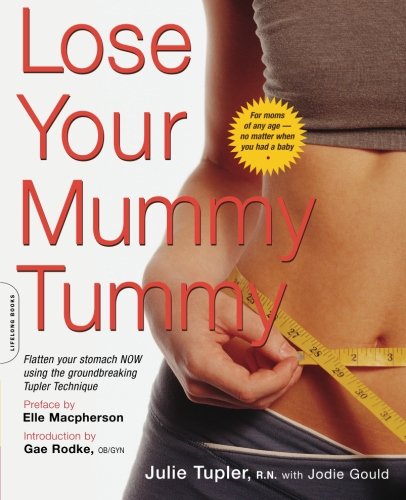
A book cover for Lose Your Mummy Tummy; Julie Tupler; Health, Fitness & Dieting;